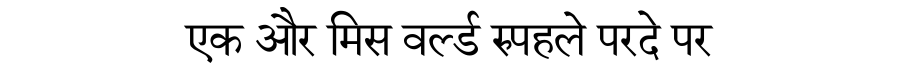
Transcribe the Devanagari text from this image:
एक और मिस वर्ल्ड रुपहले परदे पर